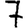
Digit: 7